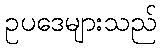
ဥပဒေများသည်